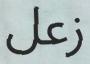
زعل